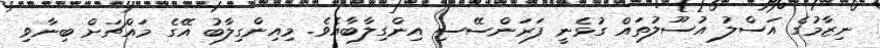
ނިޒާމުގެ އަސްލު އުސޫލުތައް ގުޅެނީ ފަރަންސޭސި އިންގިލާބާއެވެ. މިއިންގިލާބު އޭގެ މައްޗަށް ބިނާވި